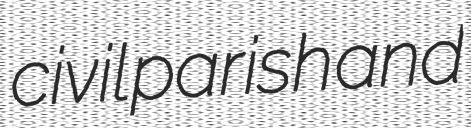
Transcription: civil parish and